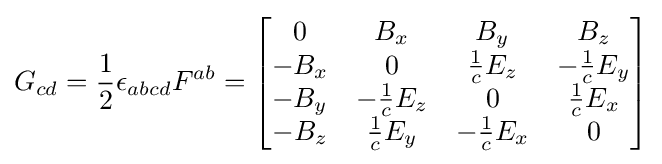
G_{cd}={\frac {1}{2}}\epsilon _{abcd}F^{ab}={\begin{bmatrix}0&B_{x}&B_{y}&B_{z}\\-B_{x}&0&{\frac {1}{c}}E_{z}&-{\frac {1}{c}}E_{y}\\-B_{y}&-{\frac {1}{c}}E_{z}&0&{\frac {1}{c}}E_{x}\\-B_{z}&{\frac {1}{c}}E_{y}&-{\frac {1}{c}}E_{x}&0\end{bmatrix}}